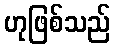
ဟုဖြစ်သည်